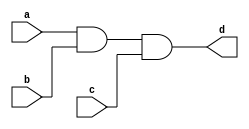
`timescale 1ns/1ns
module top_module( 
    input a, 
    input b, 
    input c,
    output d );
assign d=a&b&c;
    
endmodule